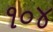
૧૦૪